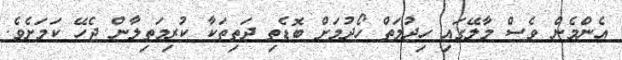
އެންމެން ވެސް މާލޭގައި ހިދުމަތް ހޯދުމަށް ބޮޑެތި ދަތިތަކާ ކުރިމަތިލާން ޖެހޭ ކަމަށެވެ.